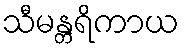
သီမန္တရိကာယ